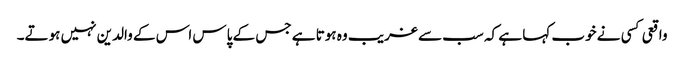
واقعی کسی نے خوب کہا ہے کہ سب سے غریب وہ ہوتا ہے جس کے پاس اس کے والدین نہیں ہوتے۔